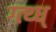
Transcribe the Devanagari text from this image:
ग्त्थ्ध्